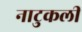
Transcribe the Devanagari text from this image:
नाटुकली